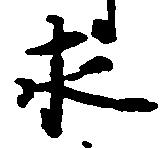
求